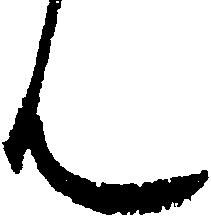
ん